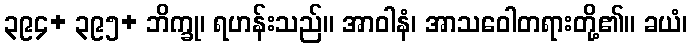
၃၉၄+ ၃၉၅+ ဘိက္ခု၊ ရဟန်းသည်။ အာဝါနံ၊ အာသဝေါတရားတို့၏။ ခယံ၊